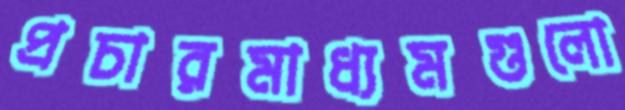
প্রচারমাধ্যমগুলো